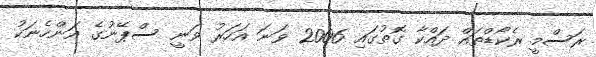
ރަސްމީ ރެކޯޑްތައް ދައްކާ ގޮތުގައި 2006 ވަނަ އަހަރު ވަނީ ސްޕޭނުގެ އަންހެނަކު